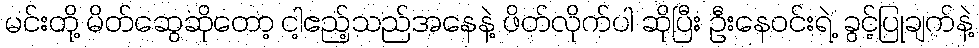
မင်းတို့ မိတ်ဆွေဆိုတော့ ငါ့ဧည့်သည်အနေနဲ့ ဖိတ်လိုက်ပါ ဆိုပြီး ဦးနေဝင်းရဲ့ ခွင့်ပြုချက်နဲ့